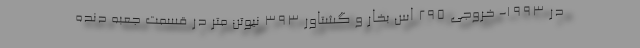
در 1993- خروجی 295 اس بخار و گشتاور 393 نیوتن متر در قسمت جعبه دنده